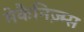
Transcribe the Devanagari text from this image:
मेकैनिज़्म्स